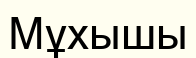
Мұхышы